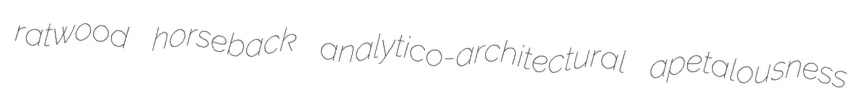
ratwood horseback analytico-architectural apetalousness